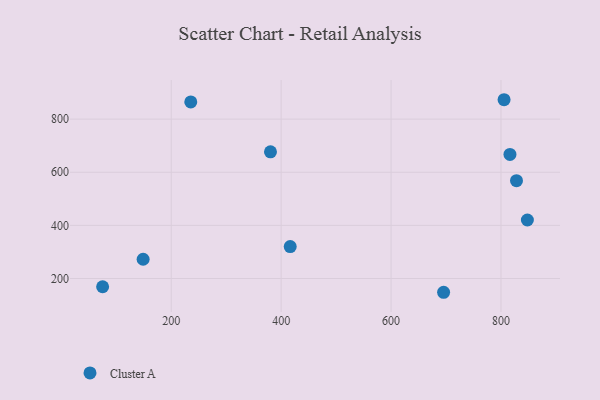
{"axis": {"x": "Distance", "y": "Exam Score"}, "legend": ["Cluster A"], "data": [{"x": "416.5", "y": 320.1, "type": "Cluster A"}, {"x": "695.6", "y": 148.2, "type": "Cluster A"}, {"x": "828.2", "y": 568.3, "type": "Cluster A"}, {"x": "848.0", "y": 420.2, "type": "Cluster A"}, {"x": "380.6", "y": 677.0, "type": "Cluster A"}, {"x": "816.3", "y": 667.0, "type": "Cluster A"}, {"x": "148.9", "y": 272.6, "type": "Cluster A"}, {"x": "805.6", "y": 873.0, "type": "Cluster A"}, {"x": "75.2", "y": 169.0, "type": "Cluster A"}, {"x": "235.6", "y": 864.9, "type": "Cluster A"}]}